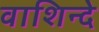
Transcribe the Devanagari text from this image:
वाशिन्दे